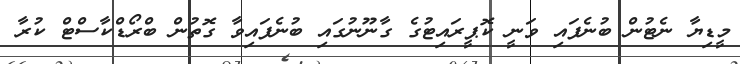
މީޑިޔާ ނެޓުން ބުނެފައި ވަނީ ކޮޕީރައިޓުގެ ގާނޫނުގައި ބުނެފައިވާ ގޮތުން ބްރޯޑްކާސްޓް ކުރާ